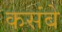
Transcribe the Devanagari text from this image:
कसंबे